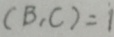
( B , C ) = 1